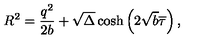
R ^ { 2 } = \frac { q ^ { 2 } } { 2 b } + \sqrt { \Delta } \cosh \left( 2 \sqrt { b } \overline { { \tau } } \right) ,